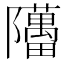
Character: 𬯥